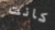
كانت